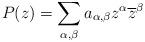
LaTeX: \begin{align*}P(z) = \sum_{\alpha, \beta} a_{\alpha,\beta} z^{\alpha}\overline{z}^{\beta}\end{align*}